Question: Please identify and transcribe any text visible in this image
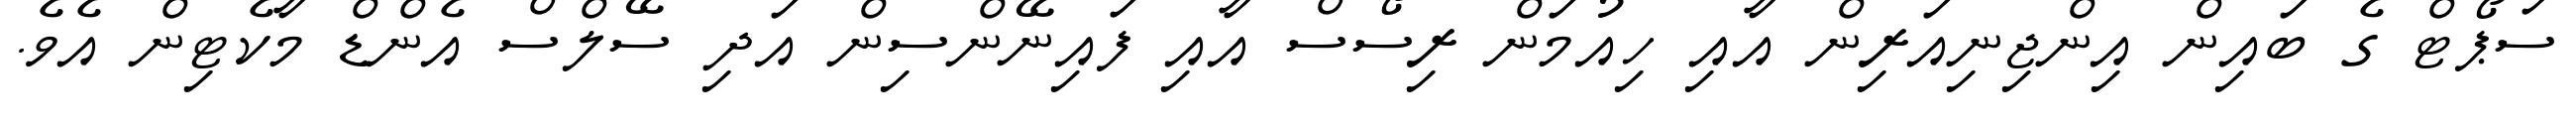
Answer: ސަޕޯޓް ގެ ބައިން އިންޖިނިއަރިން އާއި ހިއުމަން ރިސޯސް އާއި ފައިނޭންސިން އަދި ސޭލްސް އެންޑް މާކެޓިން އެވެ.